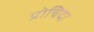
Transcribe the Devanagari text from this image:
प्रोचिदा